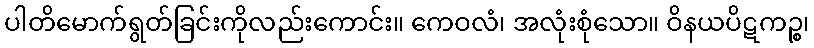
ပါတိမောက်ရွတ်ခြင်းကိုလည်းကောင်း။ ကေဝလံ၊ အလုံးစုံသော။ ဝိနယပိဋကဉ္စ၊